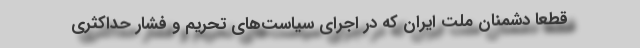
قطعاً دشمنان ملت ایران که در اجرای سیاست‌های تحریم و فشار حداکثری